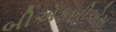
બીએફબીએસ